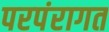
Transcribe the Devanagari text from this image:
परपंरागत